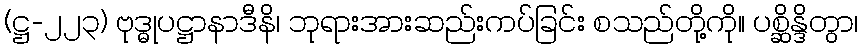
(ဋ္ဌ-၂၂၃) ဗုဒ္ဓုပဋ္ဌာနာဒီနိ၊ ဘုရားအားဆည်းကပ်ခြင်း စသည်တို့ကို။ ပစ္ဆိန္ဒိတွာ၊